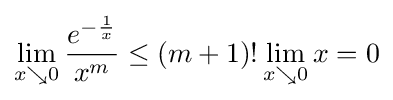
\lim _{x\searrow 0}{\frac {e^{-{\frac {1}{x}}}}{x^{m}}}\leq (m+1)!\lim _{x\searrow 0}x=0